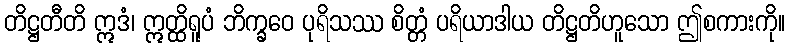
တိဋ္ဌတီတိ ဣဒံ၊ ဣတ္ထိရူပံ ဘိက္ခဝေ ပုရိသဿ စိတ္တံ ပရိယာဒါယ တိဋ္ဌတိဟူသော ဤစကားကို။